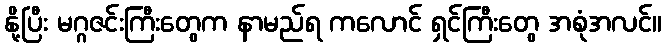
နို့ပြီး မဂ္ဂဇင်းကြီးတွေက နာမည်ရ ကလောင် ရှင်ကြီးတွေ အစုံအလင်။